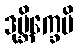
ဒုဗ္ဘိက္ခေပိ